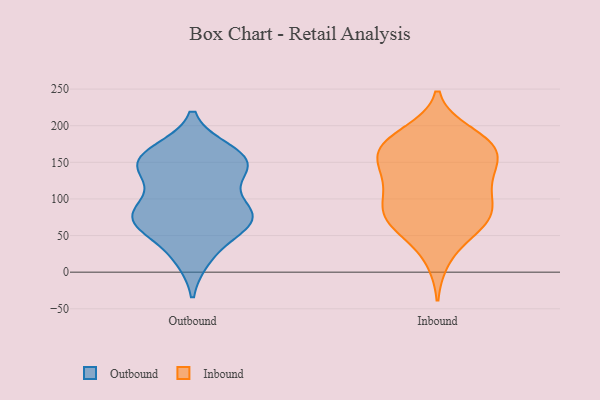
{"axis": {"x": "Inventory Turnover", "y": "Value"}, "legend": ["Inbound", "Outbound"], "data": [{"x": "", "y": 125, "type": "Outbound"}, {"x": "", "y": 138, "type": "Outbound"}, {"x": "", "y": 155, "type": "Outbound"}, {"x": "", "y": 160, "type": "Outbound"}, {"x": "", "y": 23, "type": "Outbound"}, {"x": "", "y": 74, "type": "Outbound"}, {"x": "", "y": 82, "type": "Outbound"}, {"x": "", "y": 74, "type": "Outbound"}, {"x": "", "y": 75, "type": "Outbound"}, {"x": "", "y": 149, "type": "Outbound"}, {"x": "", "y": 20, "type": "Outbound"}, {"x": "", "y": 157, "type": "Outbound"}, {"x": "", "y": 138, "type": "Outbound"}, {"x": "", "y": 87, "type": "Outbound"}, {"x": "", "y": 70, "type": "Outbound"}, {"x": "", "y": 165, "type": "Outbound"}, {"x": "", "y": 62, "type": "Outbound"}, {"x": "", "y": 63, "type": "Outbound"}, {"x": "", "y": 150, "type": "Outbound"}, {"x": "", "y": 84, "type": "Outbound"}, {"x": "", "y": 90, "type": "Inbound"}, {"x": "", "y": 189, "type": "Inbound"}, {"x": "", "y": 173, "type": "Inbound"}, {"x": "", "y": 73, "type": "Inbound"}, {"x": "", "y": 19, "type": "Inbound"}, {"x": "", "y": 131, "type": "Inbound"}, {"x": "", "y": 124, "type": "Inbound"}, {"x": "", "y": 66, "type": "Inbound"}, {"x": "", "y": 178, "type": "Inbound"}, {"x": "", "y": 76, "type": "Inbound"}, {"x": "", "y": 156, "type": "Inbound"}, {"x": "", "y": 165, "type": "Inbound"}, {"x": "", "y": 71, "type": "Inbound"}, {"x": "", "y": 130, "type": "Inbound"}, {"x": "", "y": 170, "type": "Inbound"}, {"x": "", "y": 176, "type": "Inbound"}, {"x": "", "y": 56, "type": "Inbound"}, {"x": "", "y": 147, "type": "Inbound"}, {"x": "", "y": 104, "type": "Inbound"}, {"x": "", "y": 93, "type": "Inbound"}]}